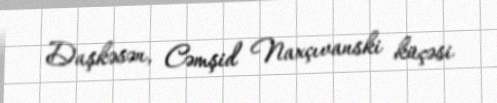
Daşkəsən, Cəmşid Naxçıvanski küçəsi